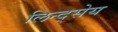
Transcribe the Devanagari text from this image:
लिन्द्सेय